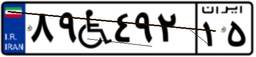
۲۶W۵۹۱۳۰